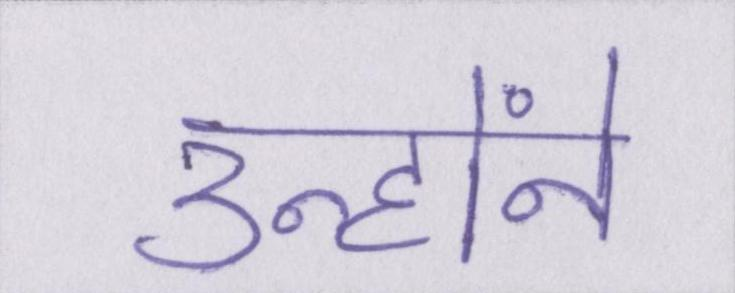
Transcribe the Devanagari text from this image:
उन्होंने